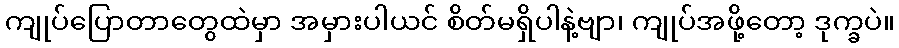
ကျုပ်ပြောတာတွေထဲမှာ အမှားပါယင် စိတ်မရှိပါနဲ့ဗျာ၊ ကျုပ်အဖို့တော့ ဒုက္ခပဲ။